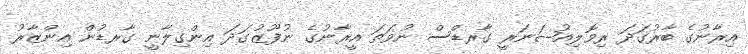
އިރާނުގެ ބާރުގަދަ ރިވޮލިއުޝަނަރީ ގާރޑްސް ނުވަތަ އީރާނުގެ ނުފޫޒުގަދަ އިންގިލާނީ ގާރޑުން އިންޒާރު